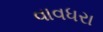
વાવધરા